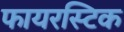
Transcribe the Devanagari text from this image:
फायरस्टिक